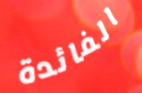
الفائدة